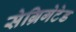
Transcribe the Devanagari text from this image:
सेग्रिगेटेड